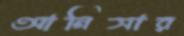
আনিসার